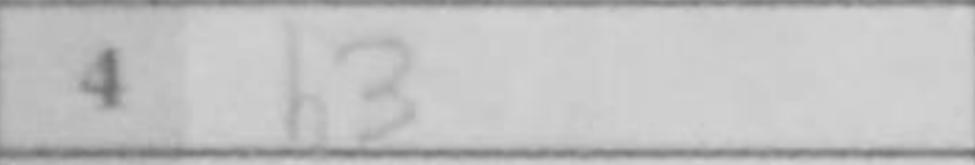
Transcription: b3